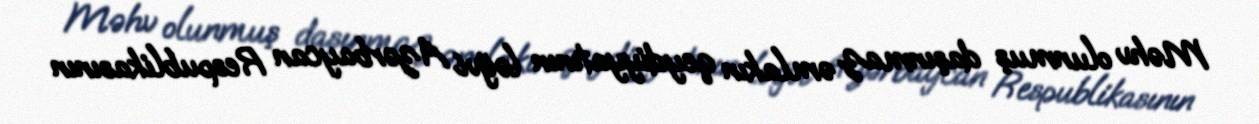
Məhv olunmuş daşınmaz əmlakın qeydiyyatının ləğvi Azərbaycan Respublikasının